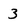
Character: 3